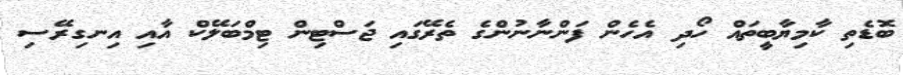
ބޮޑެތި ކާމިޔާބީތައް ހޯދި އެހެން ފަންނާނުންގެ ތެރޭގައި ޖަސްޓިން ޓިމްބަލޭކް އާއި އިނގިރޭސި